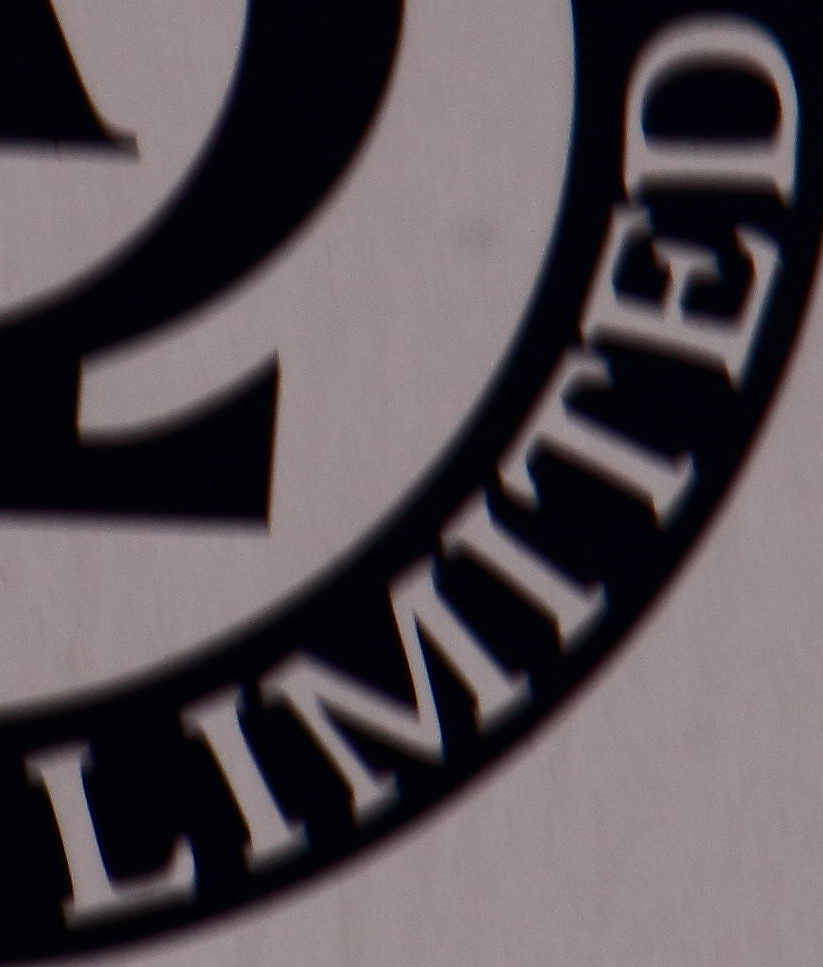
LIMITED